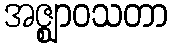
အဇ္ဈာဝသတာ